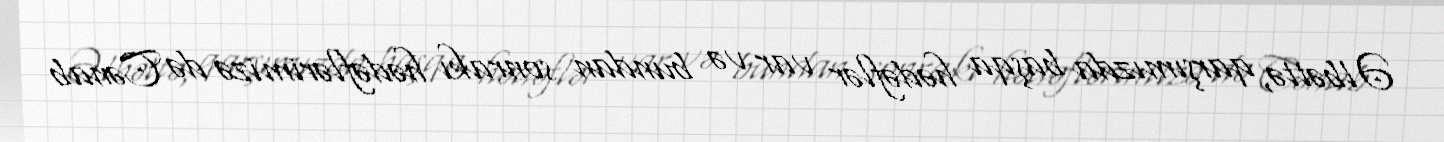
Əlbəttə, qarşımızda başqa hədəflər var və bundan sonrakı hədəflərimizə də Cənab